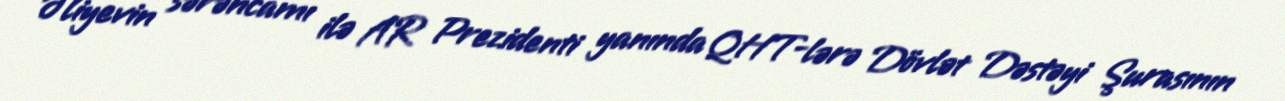
Əliyevin sərəncamı ilə AR Prezidenti yanında QHT-lərə Dövlət Dəstəyi Şurasının